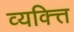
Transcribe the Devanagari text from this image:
व्यक्त्ति